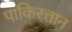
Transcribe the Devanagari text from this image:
पाकिस्त्तान